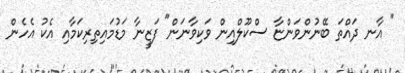
" އާނ ދައްތަ ބޭނުންވަންޏާ ސްކޫލްއިން ވަކިވާނަން" ފަޒީނާ މަޑުމައިތިރިކަމާއި އެކު އެހެން